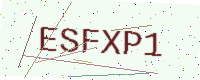
Text: ESFXP1